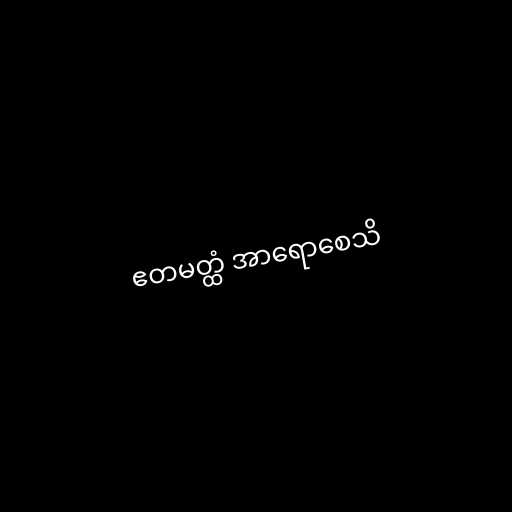
ဧတမတ္ထံ အာရောစေသိ